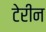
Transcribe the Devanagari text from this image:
टेरीन